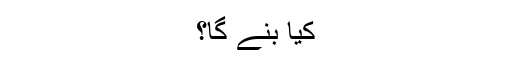
کیا بنے گا؟